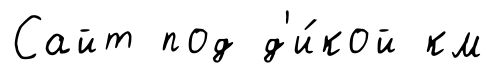
Сайт под д'и́кой км